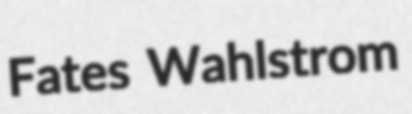
Fates Wahlstrom